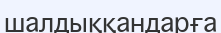
шалдыққандарға